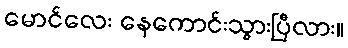
မောင်လေး နေကောင်းသွားပြီလား။